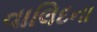
વાલિદના